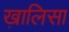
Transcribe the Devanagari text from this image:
ख़ालिसा